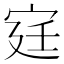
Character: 𫳋